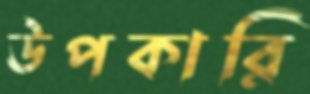
উপকারি